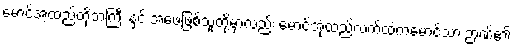
မောင်အံ့ထည်တို့ဘကြီး နှင့် အဖေဖြစ်သူတို့မှာလည်း မောင်အုံထည်လက်ထဲကမောင်သာ ဉာဏ်၏